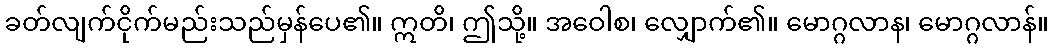
ခတ်လျက်ငိုက်မည်းသည်မှန်ပေ၏။ ဣတိ၊ ဤသို့။ အဝေါစ၊ လျှောက်၏။ မောဂ္ဂလာန၊ မောဂ္ဂလာန်။